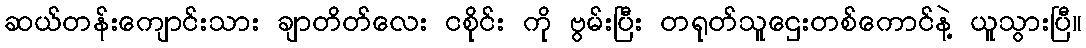
ဆယ်တန်းကျောင်းသား ချာတိတ်လေး ငစိုင်း ကို ဗွမ်းပြီး တရုတ်သူဌေးတစ်ကောင်နဲ့ ယူသွားပြီ။